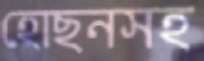
হোছনসহ